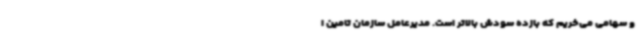
و سهامی می‌خریم که بازده سودش بالاتر است. مدیرعامل سازمان تامین ا